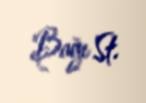
Bağı St.